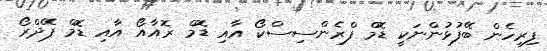
ފިރިހެން ބޭފުޅުންނަކީ ޑޮމް ފްރެންސިސްކޯ އާއި ޑޮމް ޜޮއާއޯ އާއި ޑޮމް ޕޭދްރޯ